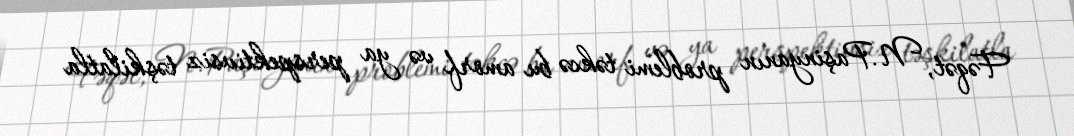
Fəqət, N.Paşinyanın problemi təkcə bu amorf və ya perspektivsiz təşkilatla